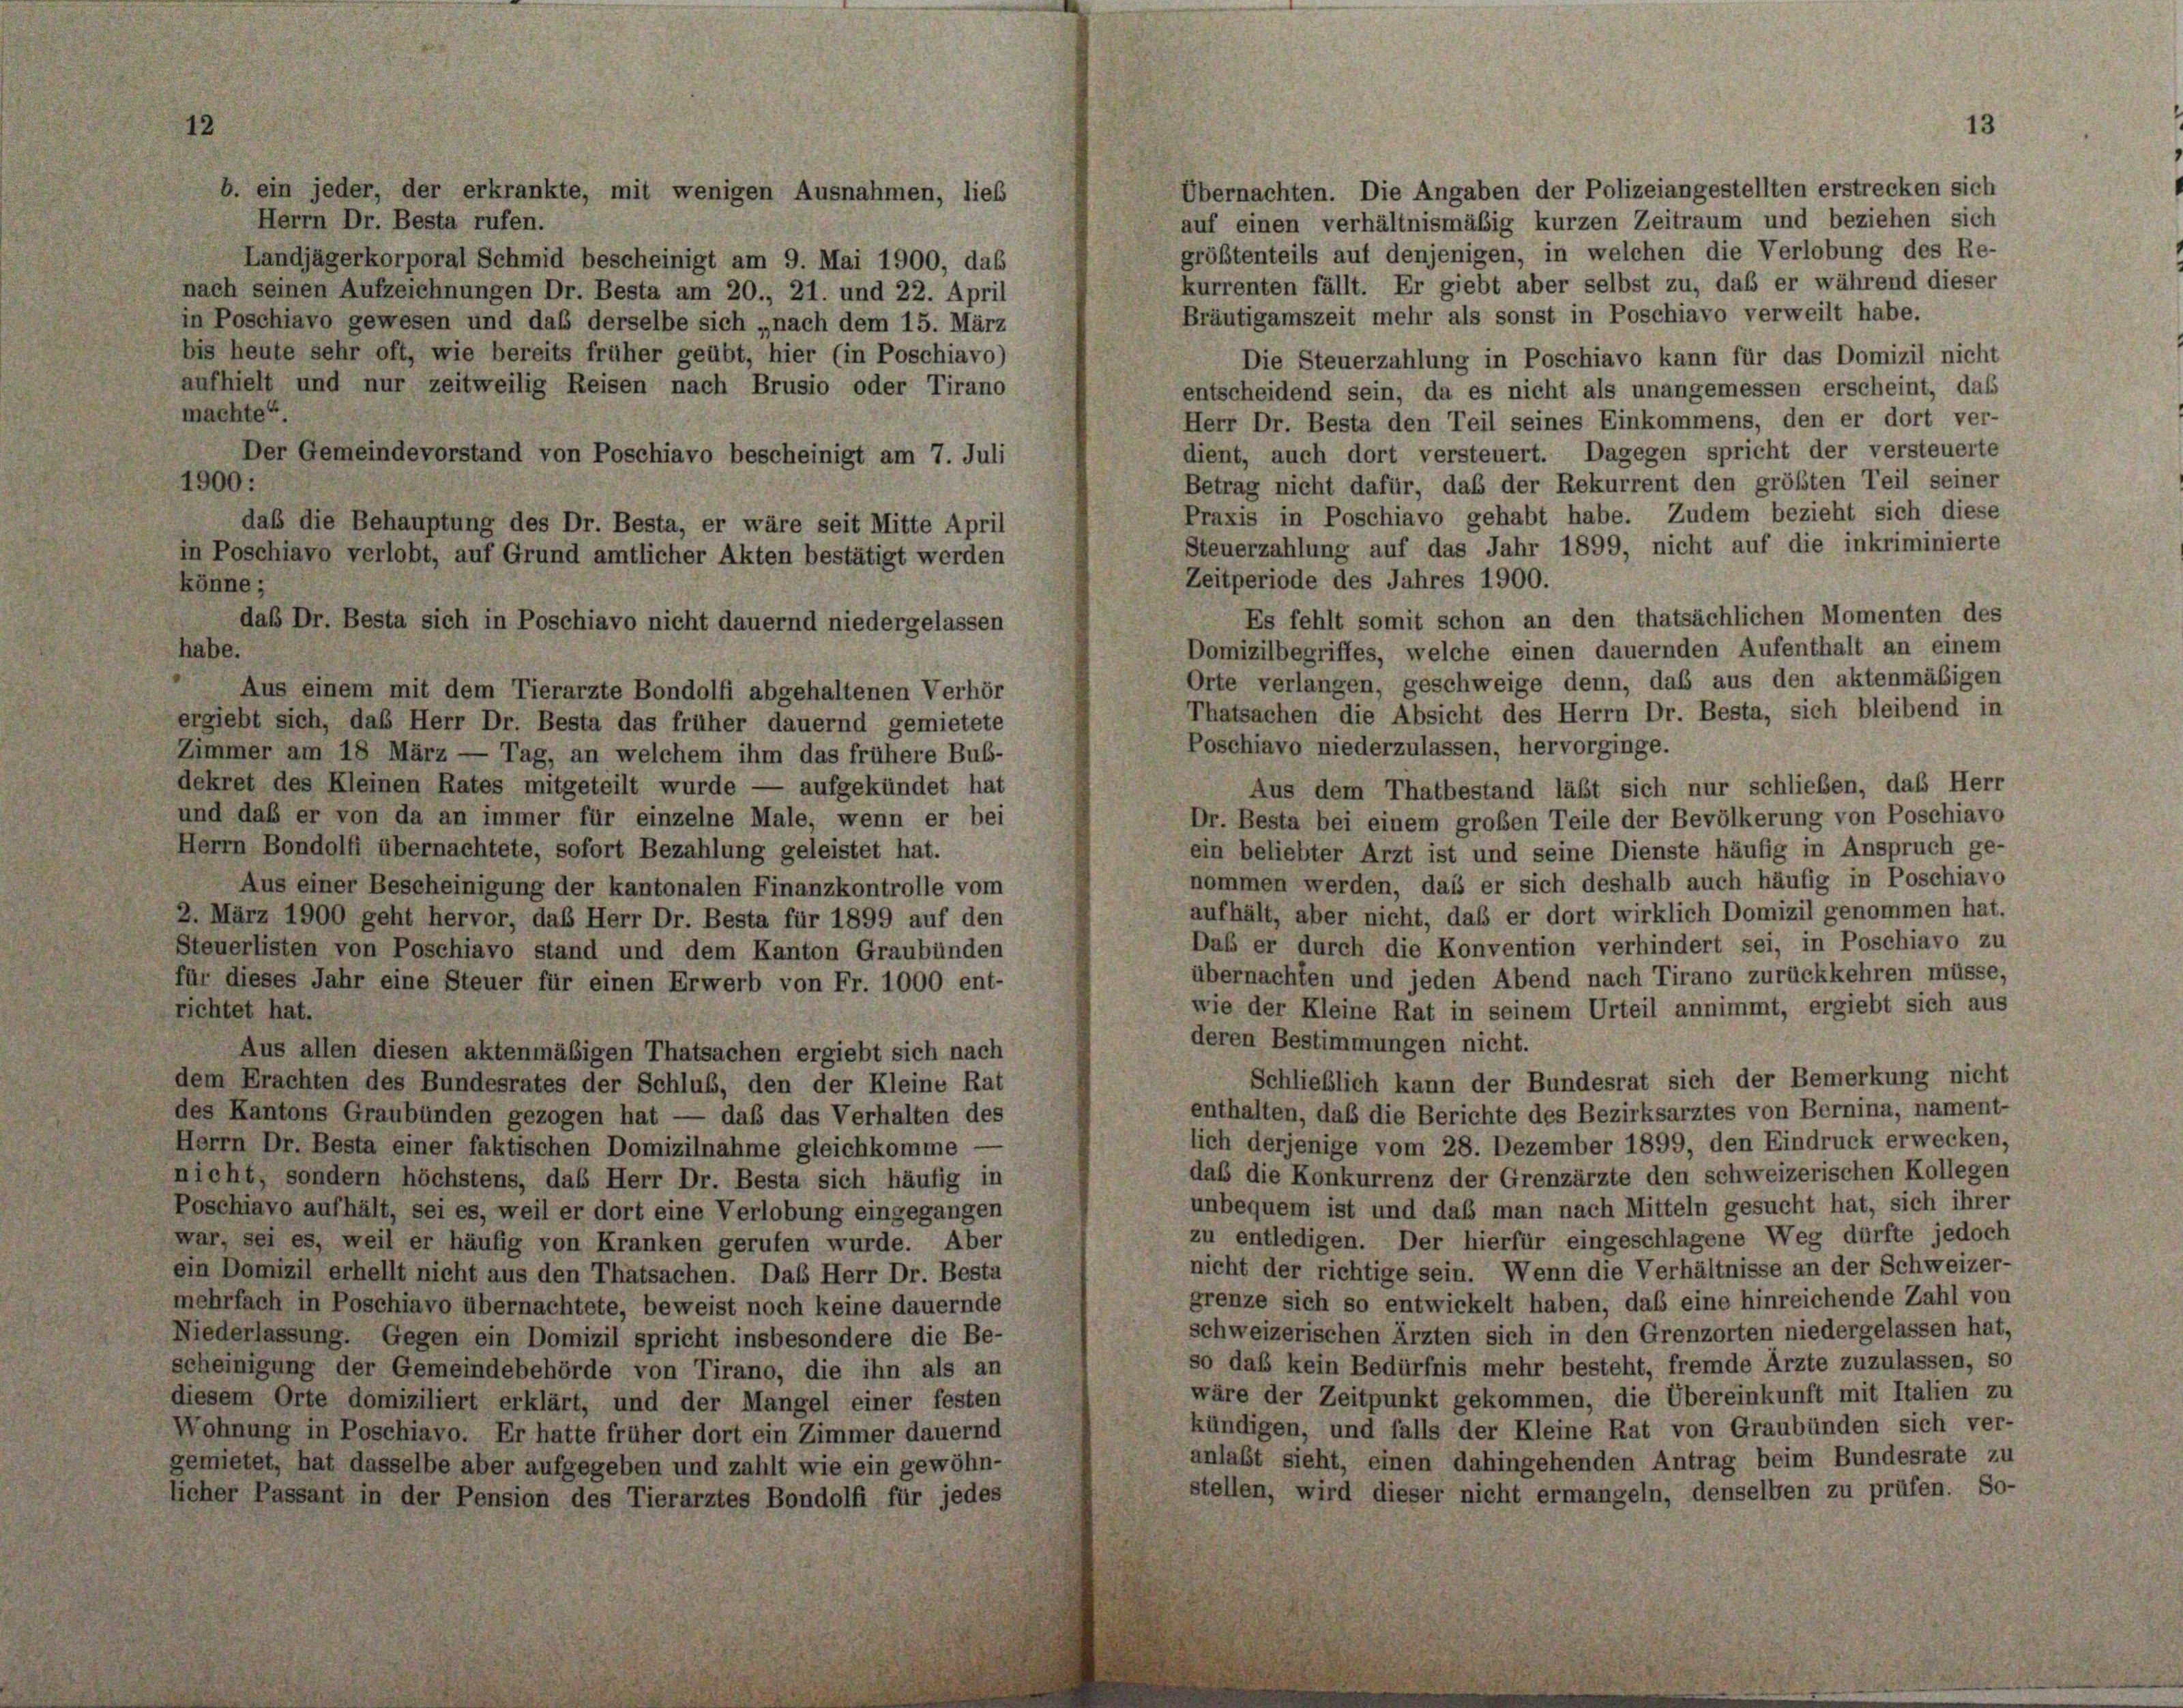
Übernachten. Die Angaben der Polizeiangestellten erstrecken sich
Herrn Dr. Besta rufen.
auf einen verhältnismäßig kurzen Zeitraum und beziehen sich
größtenteils auf denjenigen, in welchen die Verlobung des Re-
Landjägerkorporal Schmid bescheinigt am 9. Mai 1900, daß
kurrenten fällt. Er giebt aber selbst zu, daß er während dieser
nach seinen Aufzeichnungen Dr. Besta am 20., 21. und 22. April
Bräutigamszeit mehr als sonst in Poschiavo verweilt habe.
in Poschiavo gewesen und das derselbe sich „nach dem 15. März
bis heute sehr oft, wie bereits früher geübt, hier (in Poschiavo)
Die Steuerzahlung in Poschiavo kann für das Domizil nicht
aufhielt und nur zeitweilig Reisen nach Brusio oder Tirano
entscheidend sein, da es nicht als unangemessen erscheint, das
machte“.
Herr Dr. Besta den Teil seines Einkommens, den er dort ver-
dient, auch dort versteuert. Dagegen spricht der versteuerte
Der Gemeindevorstand von Poschiavo bescheinigt am 7. Juli
1900:
Betrag nicht dafür, daß der Rekurrent den größten Teil seiner
Praxis in Poschiavo gehabt habe. Zudem bezieht sich diese
daß die Behauptung des Dr. Besta, er wäre seit Mitte April
Steuerzahlung auf das Jahr 1899, nicht auf die inkriminierte
in Poschiavo verlobt, auf Grund amtlicher Akten bestätigt werden
Zeitperiode des Jahres 1900.
könne;
Es fehlt somit schon an den thatsächlichen Momenten des
daß Dr. Besta sich in Poschiavo nicht dauernd niedergelassen
habe.
Domizilbegriffes, welche einen dauernden Aufenthalt an einem
Orte verlangen, geschweige denn, das aus den aktenmäßigen
Aus einem mit dem Tierarzte Bondolfi abgehaltenen Verhör
Thatsachen die Absicht des Herrn Dr. Besta, sich bleibend in
ergiebt sich, das Herr Dr. Besta das früher dauernd gemietete
Poschiavo niederzulassen, hervorginge.
Zimmer am 18 März — Tag, an welchem ihm das frühere Bub-
dekret des Kleinen Rates mitgeteilt wurde — aufgekündet hat
Aus dem Thatbestand läßt sich nur schlieben, daß Herr
und daß er von da an immer für einzelne Male, wenn er bei
Dr. Besta bei einem großen Teile der Bevölkerung von Poschiavo
Herrn Bondolfi übernachtete, sofort Bezahlung geleistet hat.
ein beliebter Arzt ist und seine Dienste häufig in Anspruch ge-
nommen werden, das er sich deshalb auch häufig in Poschiavo
Aus einer Bescheinigung der kantonalen Finanzkontrolle vom
aufhält, aber nicht, daß er dort wirklich Domizil genommen hat
2. März 1900 geht hervor, daß Herr Dr. Besta für 1899 auf den
Daß er durch die Konvention verhindert sei, in Poschiavo 21
Steuerlisten von Poschiavo stand und dem Kanton Graubünden
übernachten und jeden Abend nach Tirano zurückkehren müsse
für dieses Jahr eine Steuer für einen Erwerb von Fr. 1000 ent-
wie der Kleine Rat in seinem Urteil annimmt, ergiebt sich au
richtet hat.
deren Bestimmungen nicht.
Aus allen diesen aktenmäßigen Thatsachen ergiebt sich nach
Schließlich kann der Bundesrat sich der Bemerkung nicht
dem Erachten des Bundesrates der Schluß, den der Kleine Rat
enthalten, daß die Berichte des Bezirksarztes von Bernina, nament
des Kantons Graubünden gezogen hat — daß das Verhalten des
lich derjenige vom 28. Dezember 1899, den Eindruck erwecken
Herrn Dr. Besta einer faktischen Domizilnahme gleichkomme –
daß die Konkurrenz der Grenzärzte den schweizerischen Kollege
nicht, sondern höchstens, das Herr Dr. Besta sich häufig in
unbequem ist und daß man nach Mitteln gesucht hat, sich ihrer
Poschiavo aufhält, sei es, weil er dort eine Verlobung eingegangen
zu entledigen. Der hierfür eingeschlagene Weg dürfte jedoch
war, sei es, weil er häufig von Kranken gerufen wurde. Aber
nicht der richtige sein. Wenn die Verhältnisse an der Schweizer
ein Domizil erhellt nicht aus den Thatsachen. Das Herr Dr. Besta
grenze sich so entwickelt haben, daß eine hinreichende Zahl vor
mehrfach in Poschiavo übernachtete, beweist noch keine dauernde
schweizerischen Ärzten sich in den Grenzorten niedergelassen ha
Niederlassung. Gegen ein Domizil spricht insbesondere die Be-
so daß kein Bedürfnis mehr besteht, fremde Ärzte zuzulassen, so
scheinigung der Gemeindebehörde von Tirano, die ihn als an
wäre der Zeitpunkt gekommen, die Übereinkunft mit Italien z
diesem Orte domiziliert erklärt, und der Mangel einer festen
kündigen, und falls der Kleine Rat von Graubünden sich ver
Wohnung in Poschiavo. Er hatte früher dort ein Zimmer dauernd
anlaßt sieht, einen dahingehenden Antrag beim Bundesrate zu
gemietet, hat dasselbe aber aufgegeben und zahlt wie ein gewöhn-
stellen, wird dieser nicht ermangeln, denselben zu prüfen. Sc
licher Passant in der Pension des Tierarztes Bondolfi für jedes

b. ein jeder, der erkrankte, mit wenigen Ausnahmen, lieb

13

p
.
a
A
e
e